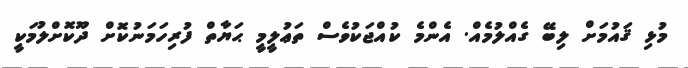
މުޅި ޤައުމަށް ލިބޭ ގެއްލުމެއް. އެންމެ ކުއްޖަކުވެސް ތަޢުލީމީ ޙަޔާތް ފުރިހަމަނުކޮށް ދޫކޮށްލުމަކީ